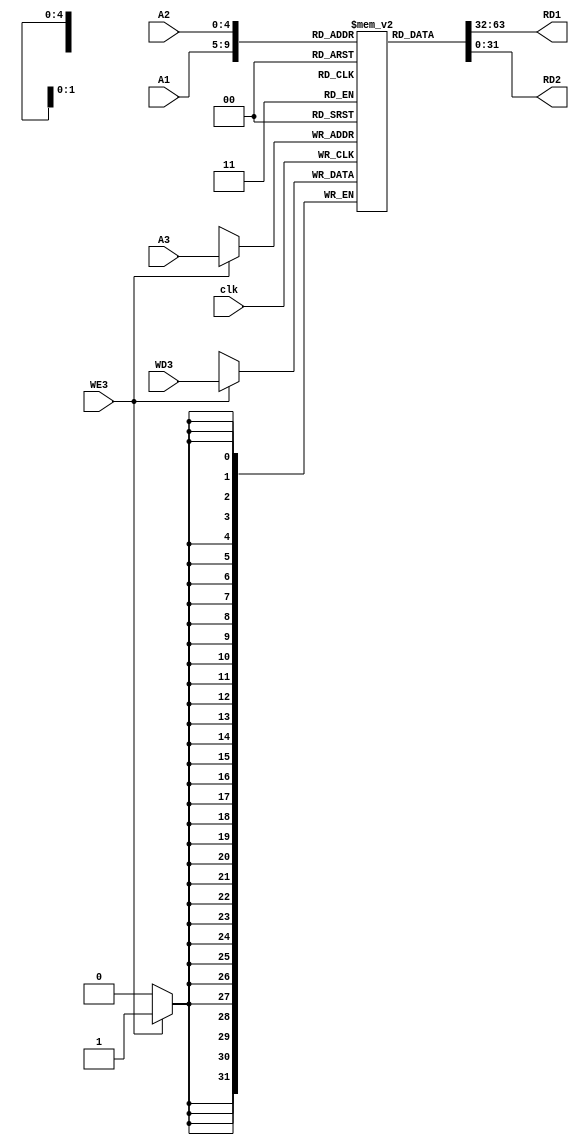
module register_file(clk, A1, A2, A3, WD3, WE3, RD1, RD2);

	input clk;
	input [4:0] A1, A2, A3;
	input [31:0] WD3;
	input WE3;
	
	output reg [31:0] RD1, RD2;
	
	reg [31:0] registers [0:31];
	
	initial 
		registers[0] = 32'b0;
	
	always @(negedge clk) begin
		if (WE3 == 1'b1)
			registers[A3] <= WD3;
	end 
	
	assign RD1 = registers[A1];
	assign RD2 = registers[A2];
	
endmodule